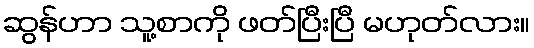
ဆွန်ဟာ သူ့စာကို ဖတ်ပြီးပြီ မဟုတ်လား။